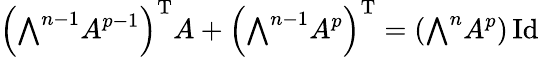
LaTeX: \left({\textstyle\bigwedge}^{n-1}A^{p-1}\right)^{\mathrm{T}}A+\left({\textstyle\bigwedge}^{n-1}A^{p}\right)^{\mathrm{T}}=\left({\textstyle\bigwedge}^{n}A^{p}\right)\operatorname{Id}